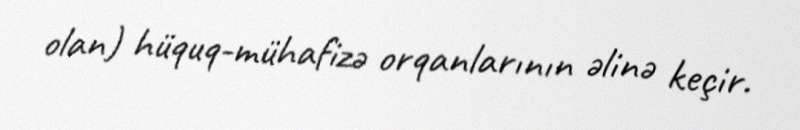
olan) hüquq-mühafizə orqanlarının əlinə keçir.